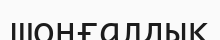
шоңғалдық